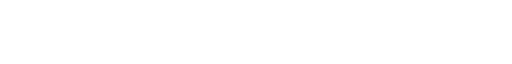
دریاۓ جمنا - وکیپیڈیا
دریاۓ جمنا
(لیایا گیا جمنا دریا)
ٹرنا: یمونوتری
انت: گنگا
لمبائی : کلومیٹر 1370
جمنا اتلے ہندستان دا اک دریا اے جیدی لمبائی 1370 کلومیٹر اے اے ہمالیہ چ اترکھنڈ دے صوبے چوں جمنوتری دی تھاں توں ٹردا اے تے الہ آباد دی تھاں تے گنگا وچ جا ڈگدا اے۔